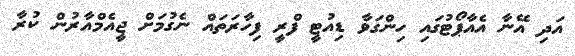
އަދި އޭނާ އެއާޕޯޓުގައި ހިންގަވާ ޑިއުޓީ ފްރީ ފިހާރަތައް ނެގުމަށް ޖީއެމްއާރުން ކުރާ